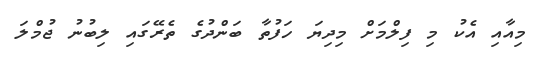
މިއާއި އެކު މި ފިލްމަށް މިދިޔަ ހަފުތާ ބަންދުގެ ތެރޭގައި ލިބުނު ޖުމްލަ